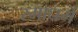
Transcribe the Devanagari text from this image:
रमाधर्म